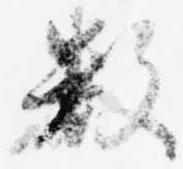
数